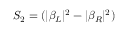
S _ { 2 } = ( | \beta _ { L } | ^ { 2 } - | \beta _ { R } | ^ { 2 } )